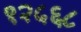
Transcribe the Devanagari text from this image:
१२५६८